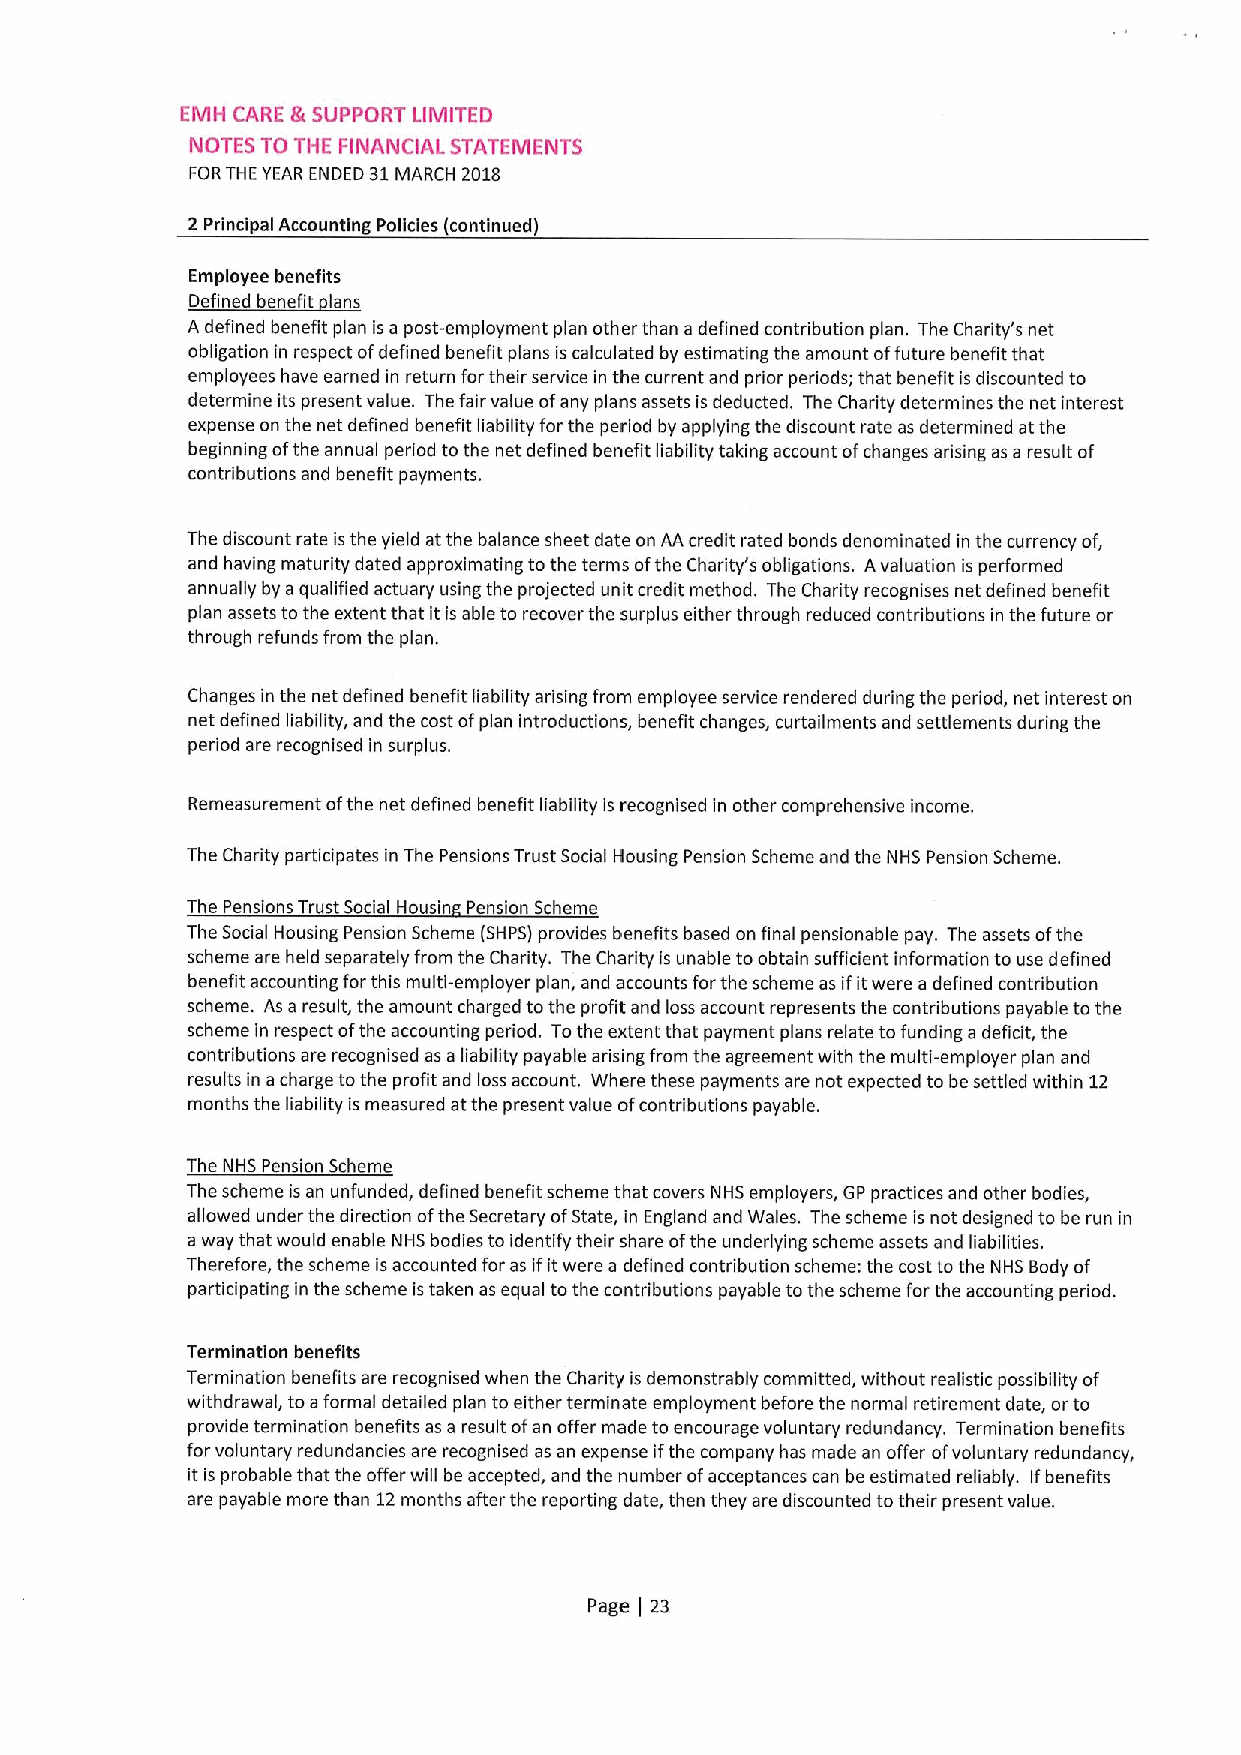
EMH CARE 8(SUPPORT LIMITED
 NOTES TO THE FINANCIAL STATEMENTS
 FORTHE YEAR ENDED 31MARCH 2018
 2 Principal Accounting Policies (continued)
 Employee benefits
 ~fdx
 q
 A defined benefit plan is a post-employment plan other than a defined contribution plan. The Charity's net
 obligation in respect ofdefined benefit plans is calculated by estimating the amount offuture benefit that
 employees have earned in return for their service in the current and prior periods; that benefit is discounted to
 determine its present value. The fair value ofany plans assets is deducted. The Charity determines the net interest
 expense on the net defined benefit liability for the period by applying the discount rate as determined at the
 beginning ofthe annual period to the net defined benefit liability taking account ofchanges arising as a result of
 contributions and benefit payments.
 The discount rate isthe yield at the balance sheet date on AA credit rated bonds denominated in the currency of,
 and having maturity dated approximating tothe terms ofthe Charity's obligations. Avaluation is performed
 annually by aqualified actuary using the projected unit credit method. The Charity recognises net defined benefit
 plan assets to the extent that it is able to recover the surplus either through reduced contributions in the future or
 through refunds from the plan.
 Changes in the net defined benefit liability arising from employee service rendered during the period, net interest on
 net defined liability, and the cost ofplan introductions, benefit changes, curtailments and settlements during the
 period are recognised in surplus.
 Remeasurement ofthe net defined benefit liability is recognised in other comprehensive income.
 The Charity participates in The Pensions Trust Social Housing Pension Scheme and the NHS Pension Scheme.
 The Pensions Trust Social Housin Pension Scheme
 The Social Housing Pension Scheme (SHPS) provides benefits based on final pensionable pay. The assets ofthe
 scheme are held separately from the Charity. The Charity is unable toobtain sufficient information to use defined
 benefit accounting forthis multi-employer plan, and accounts forthe scheme as ifitwere a defined contribution
 scheme. As a result, the amount charged tothe profit and loss account represents the contributions payable to the
 scheme in respect ofthe accounting period. Tothe extent that payment plans relate to funding a deficit, the
 contributions are recognised as a liability payable arising from the agreement with the multi-employer plan and
 results in acharge tothe profit and loss account. Where these payments are not expected to be settled within 12
 months the liability is measured atthe present value ofcontributions payable.
 The NHS Pension Scheme
 The scheme is an unfunded, defined benefit scheme that covers NHS employers, GP practices and other bodies,
 allowed under the direction ofthe Secretary ofState, in England and Wales. The scheme is not designed to be run in
 a way that would enable NHS bodies to identify their share ofthe underlying scheme assets and liabilities.
 Therefore, the scheme isaccounted for as ifitwere a defined contribution scheme: the cost tothe NHS Body of
 participating in the scheme is taken as equal tothe contributions payable tothe scheme forthe accounting period.
 Termination benefits
 Termination benefits are recognised when the Charity is demonstrably committed, without realistic possibility of
 withdrawal, toaformal detailed plan to either terminate employment before the normal retirement date, orto
 provide termination benefits as a result ofan offer made to encourage voluntary redundancy. Termination benefits
 for voluntary redundancies are recognised as an expense ifthe company has made an offer ofvoluntary redundancy,
 it is probable that the offer will be accepted, and the number ofacceptances can be estimated reliably. Ifbenefits
 are payable more than 12months after the reporting date, then they are discounted totheir present value.
 Page 23
 I